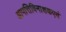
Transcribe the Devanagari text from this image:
आपत्तिविनाशकएवं